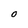
Character: O